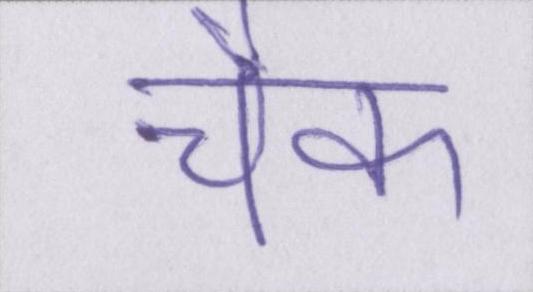
चैक